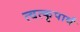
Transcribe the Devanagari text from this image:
त्वत्कृपार्थं